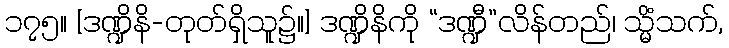
၁၇၅။ [ဒဏ္ဍိနိ-တုတ်ရှိသူ၌။] ဒဏ္ဍိနိကို “ဒဏ္ဍီ”လိန်တည်၊ သ္မိံသက်,